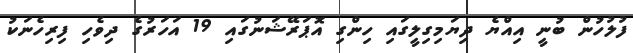
ފުލުހުން ބުނީ އިއްޔެ ދިޔަމިގިލީގައި ހިންގި އޮޕަރޭޝަނުގައި 19 އަހަރުގެ ދިވެހި ފިރިހެނަކު